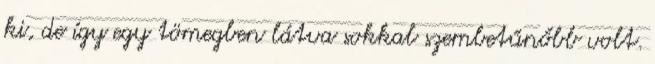
ki, de így egy tömegben látva sokkal szembetűnőbb volt.